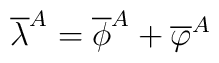
\overline{\lambda}^{A}=\overline{\phi}^{A}+\overline{\varphi}^{A}